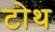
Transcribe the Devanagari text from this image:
टोथ